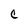
Character: C